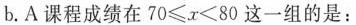
b.A课程成绩在$$70 \leq x<80$$这一组的是：